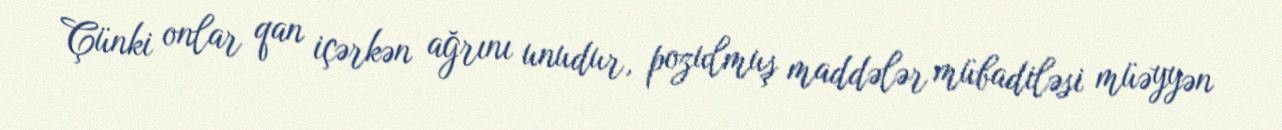
Çünki onlar qan içərkən ağrını unudur, pozulmuş maddələr mübadiləsi müəyyən